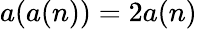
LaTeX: a(a(n))=2a(n)